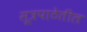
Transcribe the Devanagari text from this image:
सूत्रपाठेतील